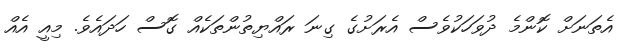
އެތަނަށް ކޮންމެ ދުވަހަކުވެސް އެރަށުގެ ގިނަ ރައްޔިތުންތަކެއް ގޮސް ހަދައެވެ. މިއީ އެއް